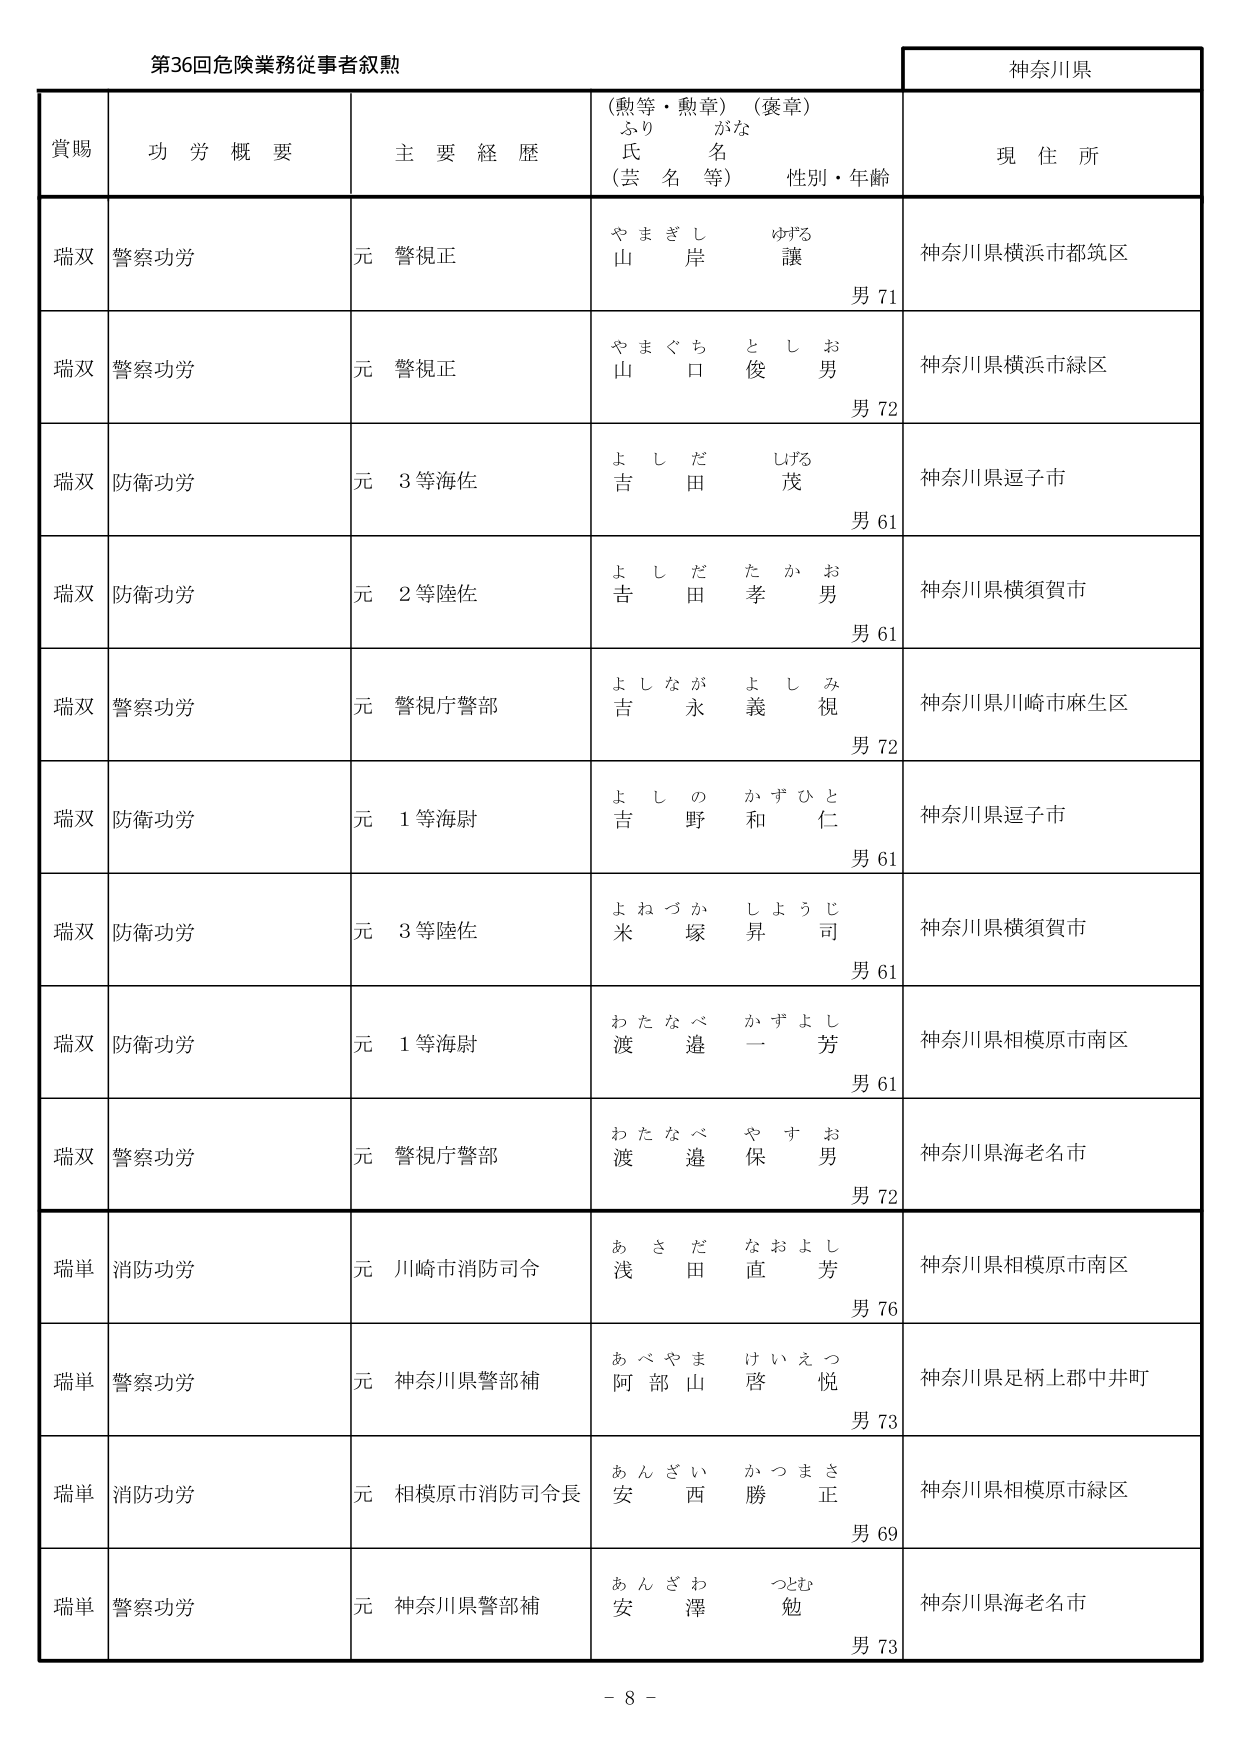
第36回危険業務従事者叙勲

神奈川県

賞賜　　功労概要　　主要経歴　　（勲等・勲章）（褒章）　　現住所
　　　　　　　　　　　ふりがな
　　　　　　　　　　　氏名
　　　　　　　　　　　（芸名等）　　性別・年齢

瑞双　警察功労　　元警視正　　やまぎし　ゆずる　　山岸　譲　　男71　　神奈川県横浜市都筑区
瑞双　警察功労　　元警視正　　やまぐち　としお　　山口　俊男　　男72　　神奈川県横浜市緑区
瑞双　防衛功労　　元3等海佐　　よしだ　しげる　　吉田　茂　　男61　　神奈川県逗子市
瑞双　防衛功労　　元2等陸佐　　よしだ　たかお　　吉田　孝男　　男61　　神奈川県横須賀市
瑞双　警察功労　　元警視庁警部　　よしなが　よしみ　　吉永　義視　　男72　　神奈川県川崎市麻生区
瑞双　防衛功労　　元1等海尉　　よしの　かずひと　　吉野　和仁　　男61　　神奈川県逗子市
瑞双　防衛功労　　元3等陸佐　　よねづか　しょうじ　　米塚　昇司　　男61　　神奈川県横須賀市
瑞双　防衛功労　　元1等海尉　　わたなべ　かずよし　　渡邉　一芳　　男61　　神奈川県相模原市南区
瑞双　警察功労　　元警視庁警部　　わたなべ　やすお　　渡邉　保男　　男72　　神奈川県海老名市
瑞単　消防功労　　元川崎市消防司令　　あさだ　なおよし　　浅田　直芳　　男76　　神奈川県相模原市南区
瑞単　警察功労　　元神奈川県警部補　　あべやま　けいえつ　　阿部山　啓悦　　男73　　神奈川県足柄上郡中井町
瑞単　消防功労　　元相模原市消防司令長　　あんざい　かつまさ　　安西　勝正　　男69　　神奈川県相模原市緑区
瑞単　警察功労　　元神奈川県警部補　　あんざわ　つとむ　　安澤　勉　　男73　　神奈川県海老名市

－8－